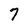
Character: 7